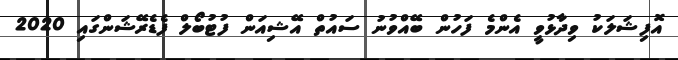
އޮފިޝަލަކު ވިދާޅުވީ އެންމެ ފަހުން ބޭއްވުނު ސައުތް އޭޝިއަން ފުޓުބޯލް ފެޑެރޭޝަންގައި 2020